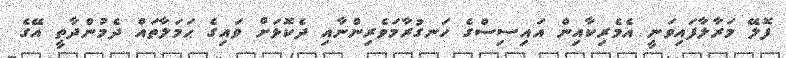
ފޮލޭ މަރާލާފައިވަނީ އެމެރިކާއިން އައިސިސްގެ ހަނގުރާމަވެރިންނާއި ދެކޮޅަށް ވައިގެ ޙަމަލާތައް ދެމުންދާތީ އޭގެ